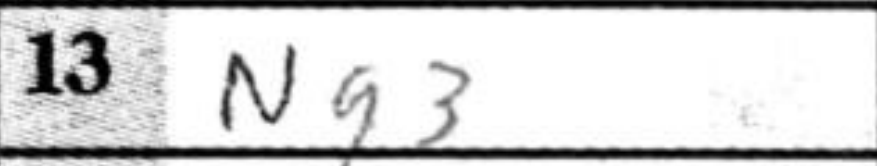
Transcription: Ng3